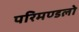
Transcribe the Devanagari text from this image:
परिमण्डलो